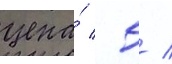
цена́  5 /